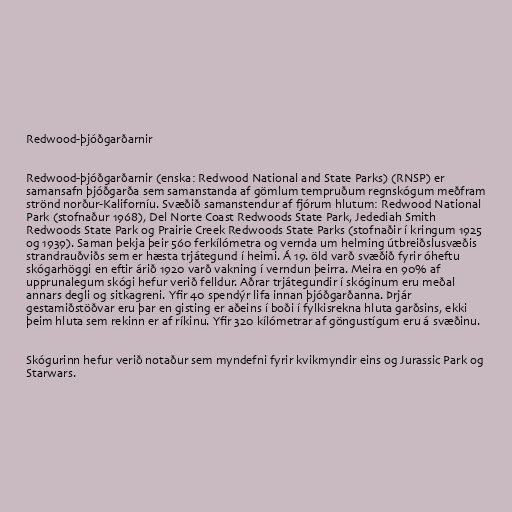
Redwood-þjóðgarðarnir

Redwood-þjóðgarðarnir (enska: Redwood National and State Parks) (RNSP) er
samansafn þjóðgarða sem samanstanda af gömlum tempruðum regnskógum meðfram
strönd norður-Kaliforníu. Svæðið samanstendur af fjórum hlutum: Redwood National
Park (stofnaður 1968), Del Norte Coast Redwoods State Park, Jedediah Smith
Redwoods State Park og Prairie Creek Redwoods State Parks (stofnaðir í kringum 1925
og 1939). Saman þekja þeir 560 ferkílómetra og vernda um helming útbreiðslusvæðis
strandrauðviðs sem er hæsta trjátegund í heimi. Á 19. öld varð svæðið fyrir óheftu
skógarhöggi en eftir árið 1920 varð vakning í verndun þeirra. Meira en 90% af
upprunalegum skógi hefur verið felldur. Aðrar trjátegundir í skóginum eru meðal
annars degli og sitkagreni. Yfir 40 spendýr lifa innan þjóðgarðanna. Þrjár
gestamiðstöðvar eru þar en gisting er aðeins í boði í fylkisrekna hluta garðsins, ekki
þeim hluta sem rekinn er af ríkinu. Yfir 320 kílómetrar af göngustígum eru á svæðinu.

Skógurinn hefur verið notaður sem myndefni fyrir kvikmyndir eins og Jurassic Park og
Starwars.